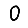
Digit: 0